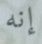
إنه